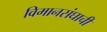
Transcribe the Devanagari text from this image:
विमानसंघाची